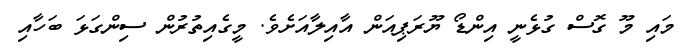
މައި މޫ ގޮސް ގުޅެނީ އިންޑޯ ޔޫރަޕިއަން އާއިލާއަށެވެ. މީގެއިތުރުން ސިންގަޅަ ބަހާއި